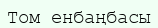
Том енбаңбасы